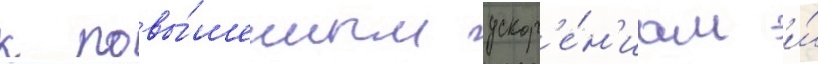
к повы́шенным ускор'е́н'иам и́